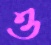
ও